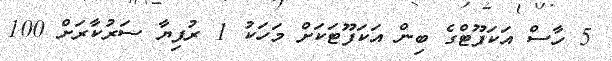
5 ހާސް އަކަފޫޓްގެ ބިން އަކަފޫޓަކަށް މަހަކު 1 ރުފިޔާ ސަރުކާރަށް 100